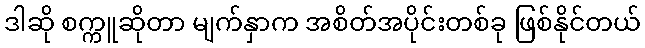
ဒါဆို စက္ကူဆိုတာ မျက်နှာက အစိတ်အပိုင်းတစ်ခု ဖြစ်နိုင်တယ်